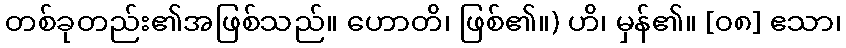
တစ်ခုတည်း၏အဖြစ်သည်။ ဟောတိ၊ ဖြစ်၏။) ဟိ၊ မှန်၏။ [၀၈] ဧသာ၊